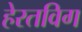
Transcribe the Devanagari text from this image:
हेरतविग